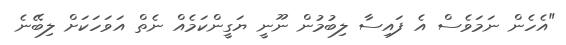
"އެހެން ނަމަވެސް އެ ފައިސާ ލިބުމުން ނޫނީ ޔަގީންކަމެއް ނެތް އަވަހަކަށް ލިބޭނެ